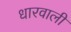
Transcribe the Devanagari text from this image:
धारवाली